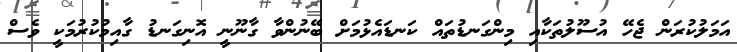
އަމަލުކުރަން ޖެހޭ އުސޫލުތަކާއި މިންގަނޑުތައް ކަނޑައެޅުމަށް ބޭނުންވާ ގާނޫނީ އޮނިގަނޑު ގާއިމުކުރުމަކީ ވެސް